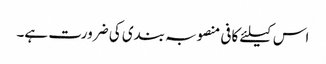
اس کیلئے کافی منصوبہ بندی کی ضرورت ہے۔